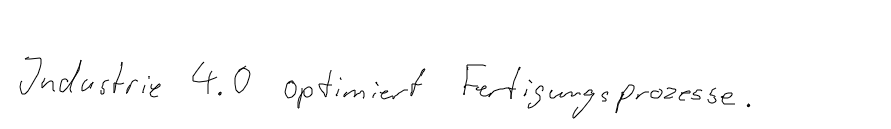
Industrie 4.0 optimiert Fertigungsprozesse.